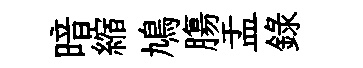
暗縮鳩膓盂録